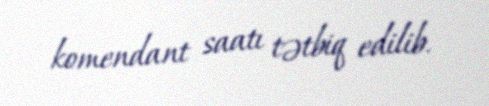
komendant saatı tətbiq edilib.